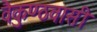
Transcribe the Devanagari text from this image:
वैकुण्ठवासी